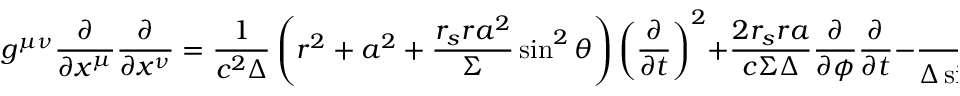
g ^ { \mu \nu } { \frac { \partial } { \partial x ^ { \mu } } } { \frac { \partial } { \partial x ^ { \nu } } } = { \frac { 1 } { c ^ { 2 } \Delta } } \left( r ^ { 2 } + a ^ { 2 } + { \frac { r _ { s } r a ^ { 2 } } { \Sigma } } \sin ^ { 2 } \theta \right) \left( { \frac { \partial } { \partial t } } \right) ^ { 2 } + { \frac { 2 r _ { s } r a } { c \Sigma \Delta } } { \frac { \partial } { \partial \phi } } { \frac { \partial } { \partial { t } } } - { \frac { 1 } { \Delta \sin ^ { 2 } \theta } } \left( 1 - { \frac { r _ { s } r } { \Sigma } } \right) \left( { \frac { \partial } { \partial \phi } } \right) ^ { 2 } - { \frac { \Delta } { \Sigma } } \left( { \frac { \partial } { \partial r } } \right) ^ { 2 } - { \frac { 1 } { \Sigma } } \left( { \frac { \partial } { \partial \theta } } \right) ^ { 2 }